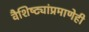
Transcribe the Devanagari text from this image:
वैशिष्ट्यांप्रमाणेही